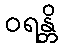
ဝရန္တိ